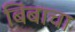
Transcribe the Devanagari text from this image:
बिंबाचा